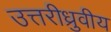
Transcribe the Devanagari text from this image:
उत्तरीध्रुवीय